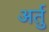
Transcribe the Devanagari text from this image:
अर्तु